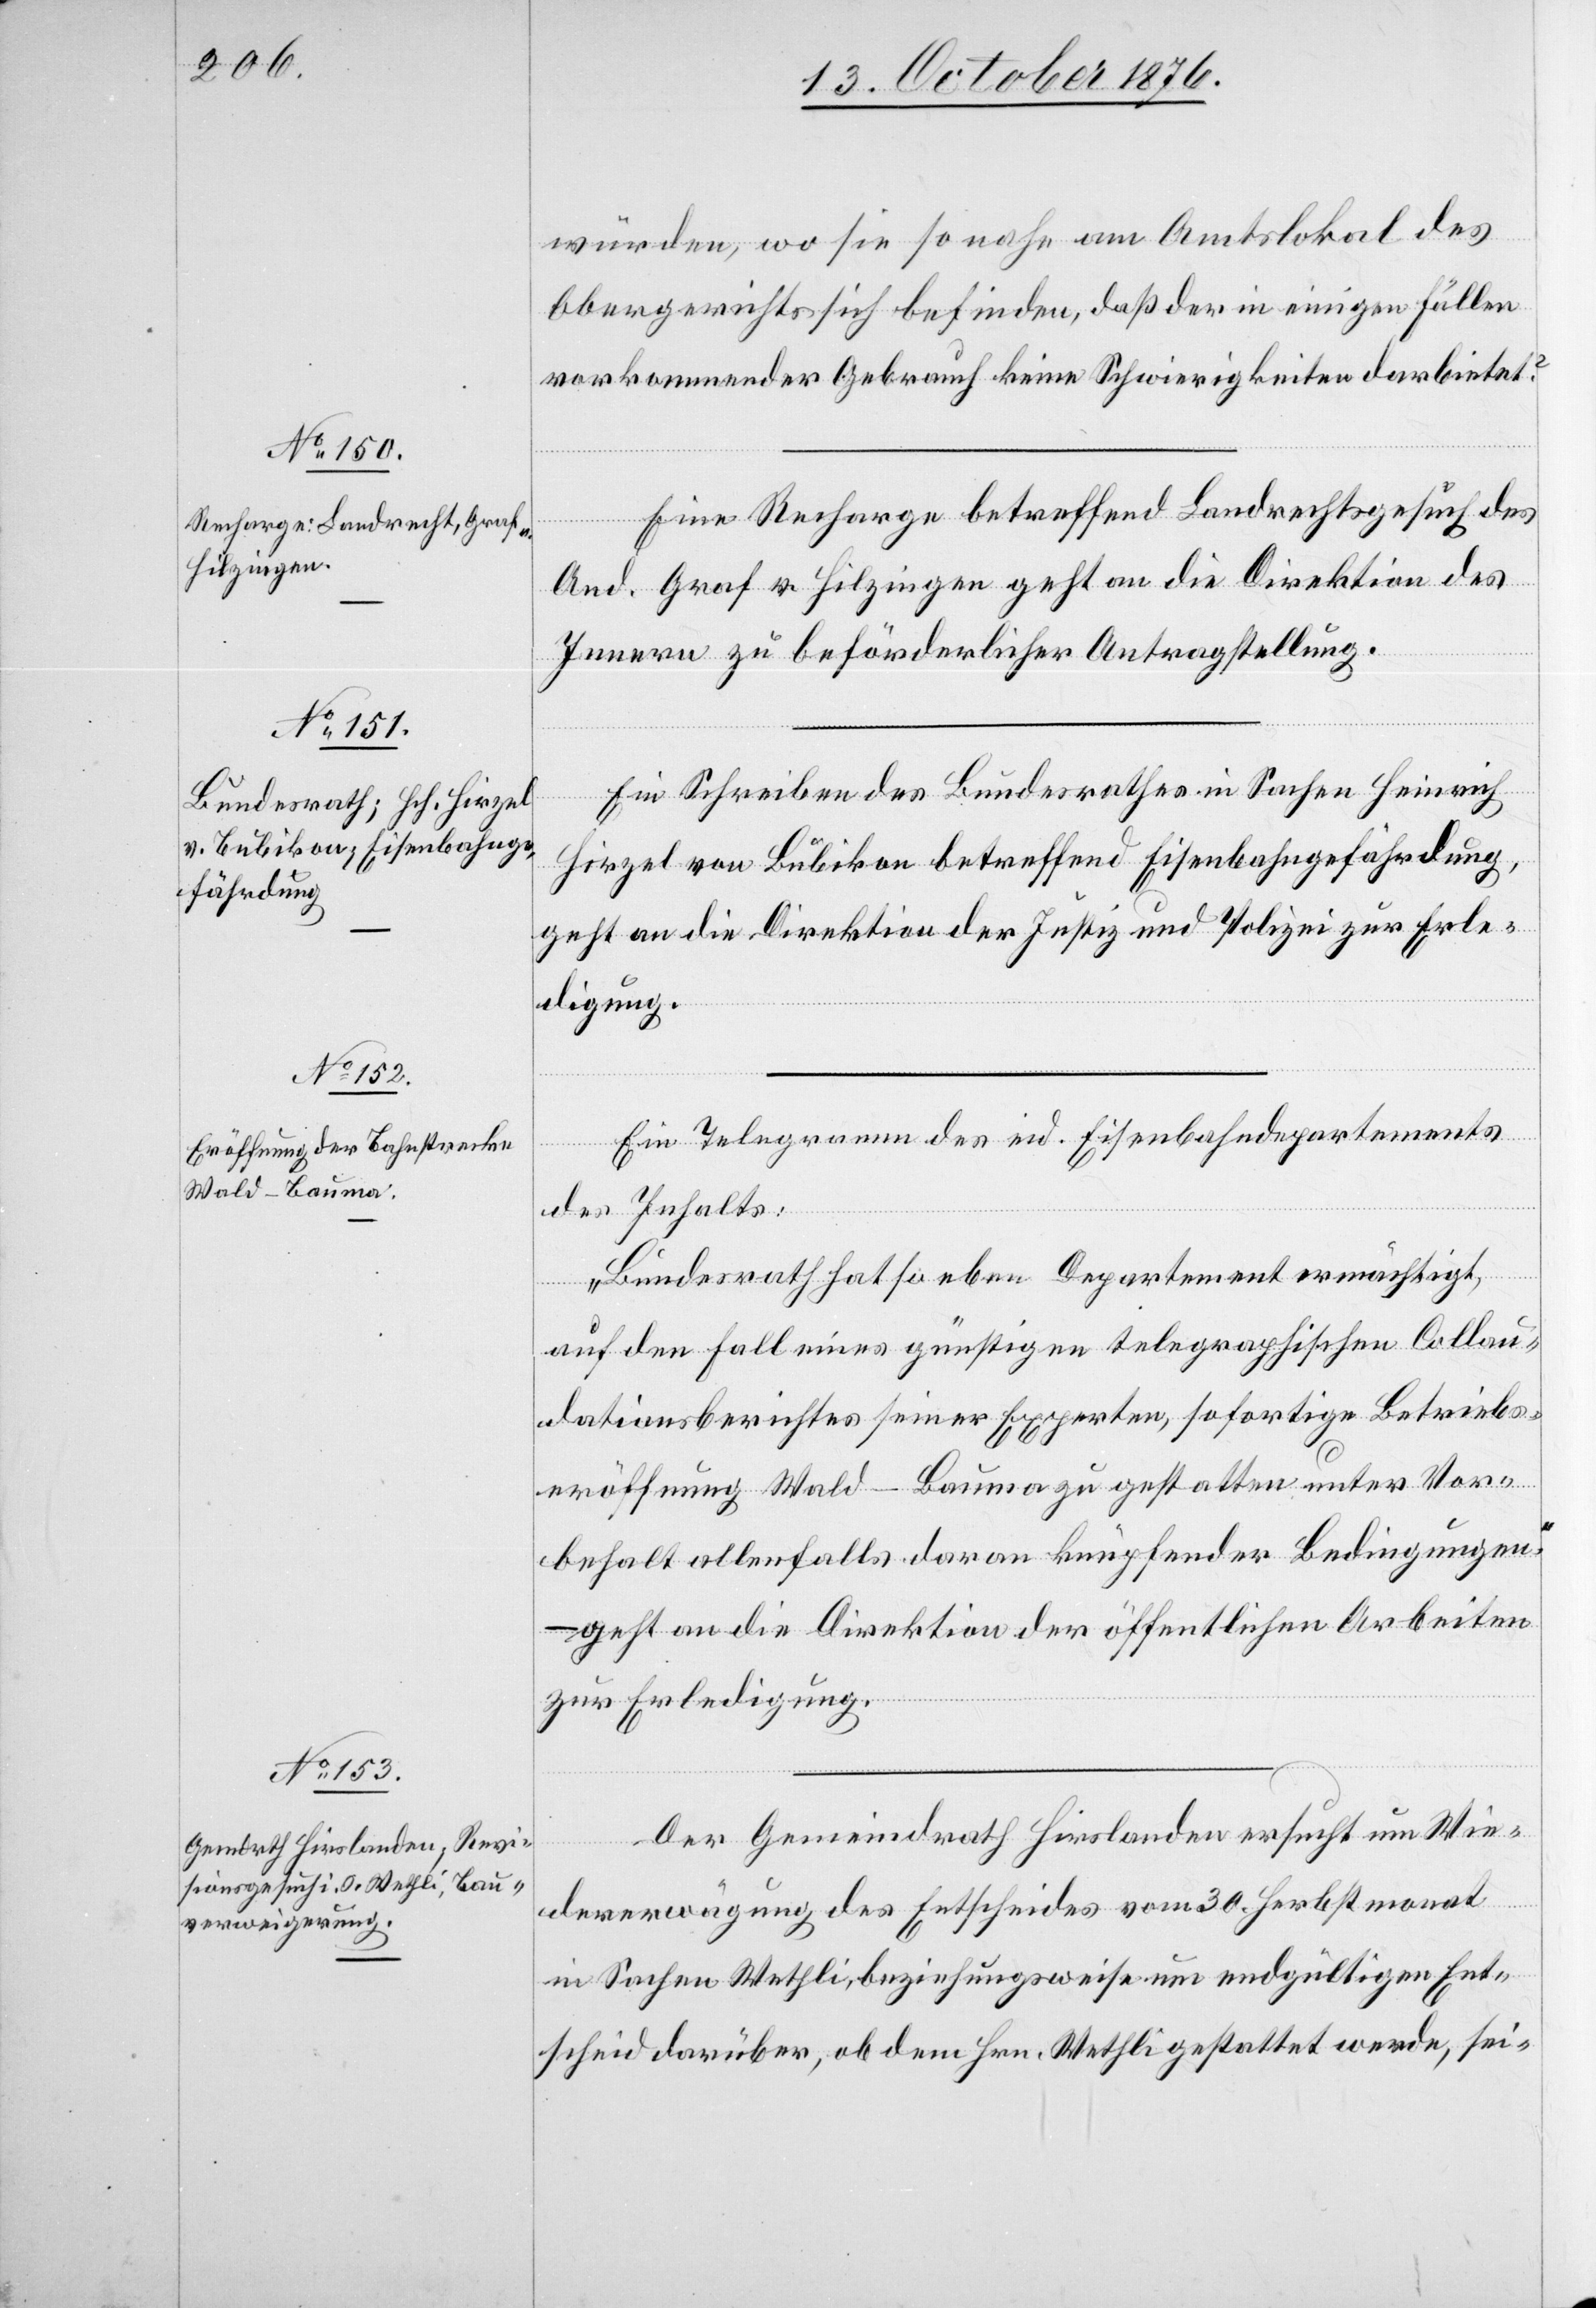
13. October 1876.]
würden, wo sie so nahe am Amtslokal des
Obergerichts sich befinden, daß der in einigen Fällen
vorkommender [sic!] Gebrauch keine Schwierigkeiten darbietet?
Eine Recharge betreffend Landrechtsgesuch des
And. Graf v. Hilzingen geht an die Direktion des
Innern zu beförderlicher Antragstellung.
Ein Schreiben des Bundesrathes in Sachen Heinrich
Hirzel von Bubikon betreffend Eisenbahngefährdung,
geht an die Direktion der Justiz und Polizei zur Erle¬
digung.
Ein Telegramm des Eisenbahndepartement
Inhalts:
des
„Bundesrath hat soeben Departement ermächtigt,
auf den Falle eines günstigen telegraphischen Collau¬
dationsberichtes seiner Experten, sofortige Betriebs¬
eröffnung Wald–Bauma zu gestatten unter Vor¬
behalt allenfalls daran knüpfender Bedingungen“
geht an die Direktion der öffentlichen Arbeiten
zur Erledigung.
Der Gemeindrath Hirslanden ersucht um Wie¬
dererwägung des Entscheides vom 30. Herbstmonat
in Sachen Wethli, beziehungsweise um endgültigen Ent¬
scheid darüber, ob dem Hrn. Wethli gestattet werde, sei-